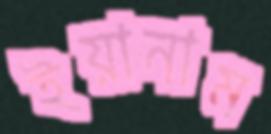
ইয়ানাম